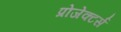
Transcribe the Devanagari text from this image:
प्रोजेक्टर्स